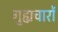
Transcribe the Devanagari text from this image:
गुह्यचारों